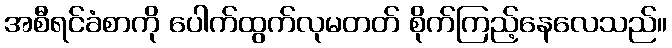
အစီရင်ခံစာကို ပေါက်ထွက်လုမတတ် စိုက်ကြည့်နေလေသည်။